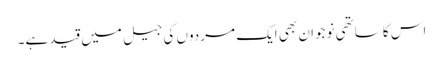
اس کا ساتھی نوجوان بھی ایک مردوں کی جیل میں قید ہے۔